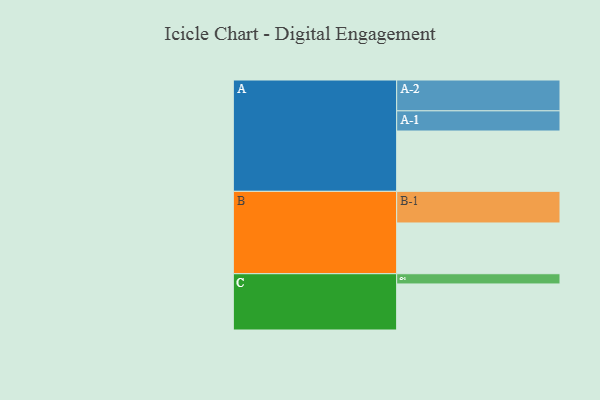
{"axis": {"x": "Segment", "y": "Value"}, "legend": ["", "A", "B", "C"], "data": [{"x": "A", "y": 448, "type": ""}, {"x": "B", "y": 377, "type": ""}, {"x": "C", "y": 342, "type": ""}, {"x": "A-1", "y": 150, "type": "A"}, {"x": "A-2", "y": 229, "type": "A"}, {"x": "B-1", "y": 235, "type": "B"}, {"x": "C-1", "y": 76, "type": "C"}]}